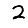
Digit: 2